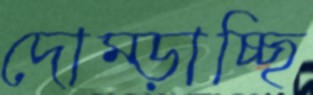
দোম্‌ড়াচ্ছি